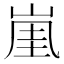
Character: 𡸔